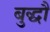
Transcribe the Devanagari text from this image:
बुद्धौ